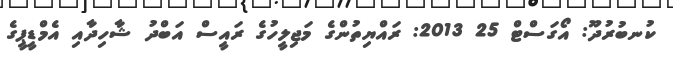
ކުނބުރުދޫ: އޯގަސްޓް 25 2013: ރައްޔިތުންގެ މަޖިލީހުގެ ރައީސް އަބްދު ޝާހިދާއި އެމްޑީޕީގެ